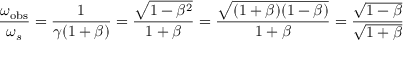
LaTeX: { \frac { \omega _ { \mathrm { o b s } } } { \omega _ { s } } } = { \frac { 1 } { \gamma ( 1 + \beta ) } } = { \frac { \sqrt { 1 - \beta ^ { 2 } } } { 1 + \beta } } = { \frac { \sqrt { ( 1 + \beta ) ( 1 - \beta ) } } { 1 + \beta } } = { \frac { \sqrt { 1 - \beta } } { \sqrt { 1 + \beta } } }